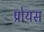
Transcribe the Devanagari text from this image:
प्रोयस